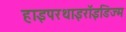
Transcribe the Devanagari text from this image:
हाइपरथाइरॉइडिज्म